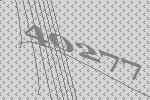
40277